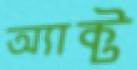
অ্যাক্ট